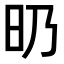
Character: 𣅅